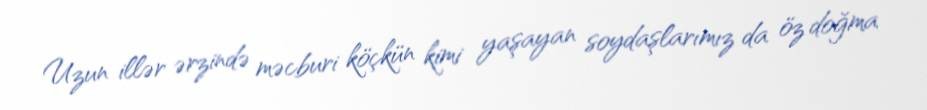
Uzun illər ərzində məcburi köçkün kimi yaşayan soydaşlarımız da öz doğma